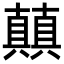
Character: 㒹